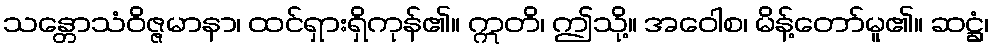
သန္တောသံဝိဇ္ဇမာနာ၊ ထင်ရှားရှိကုန်၏။ ဣတိ၊ ဤသို့။ အဝေါစ၊ မိန့်တော်မူ၏။ ဆဋ္ဌံ၊